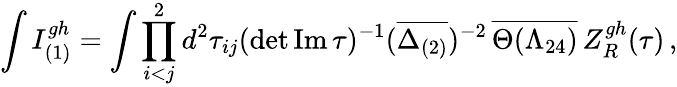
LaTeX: \int I_{(1)}^{gh}=\int\prod_{i<j}^{2}d^{2}\tau_{ij}(\operatorname*{det}{\mathrm{Im\, }\tau})^{-1}(\overline{{{\Delta_{(2)}}}})^{-2}\, \overline{{{\Theta(\Lambda_{24})}}}\, Z_{R}^{gh}(\tau)\, ,